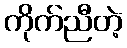
ကိုက်ညီတဲ့